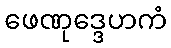
ဖေဏုဒ္ဒေဟကံ